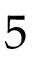
5